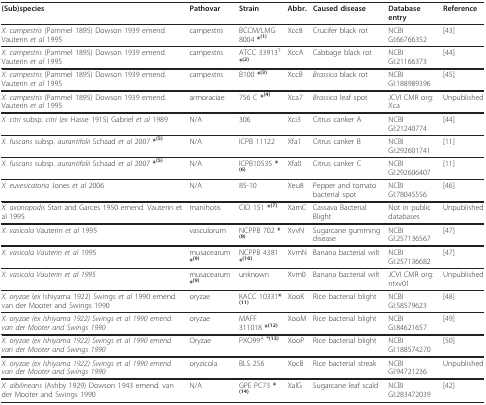
<table><thead><tr><td><b>(Sub)species</b></td><td><b>Pathovar</b></td><td><b>Strain</b></td><td><b>Abbr.</b></td><td><b>Caused disease</b></td><td><b>Database entry</b></td><td><b>Reference</b></td></tr></thead><tbody><tr><td><i>X. campestris </i>(Pammel 1895) Dowson 1939 emend. Vauterin <i>et al </i>1995</td><td>campestris</td><td>BCCM/LMG 8004 <b>*</b><sup><b>(1)</b></sup></td><td>Xcc8</td><td>Crucifer black rot</td><td>NCBI GI:66766352</td><td>[43]</td></tr><tr><td><i>X. campestris </i>(Pammel 1895) Dowson 1939 emend. Vauterin <i>et al </i>1995</td><td>campestris</td><td>ATCC 33913<sup>T </sup><b>*</b><sup><b>(2)</b></sup></td><td>XccA</td><td>Cabbage black rot</td><td>NCBI GI:21166373</td><td>[44]</td></tr><tr><td><i>X. campestris </i>(Pammel 1895) Dowson 1939 emend. Vauterin <i>et al </i>1995</td><td>campestris</td><td>B100 <b>*</b><sup><b>(3)</b></sup></td><td>XccB</td><td><i>Brassica </i>black rot</td><td>NCBI GI:188989396</td><td>[45]</td></tr><tr><td><i>X. campestris </i>(Pammel 1895) Dowson 1939 emend. Vauterin <i>et al </i>1995</td><td>armoraciae</td><td>756 C <b>*</b><sup><b>(4)</b></sup></td><td>Xca7</td><td><i>Brassica </i>leaf spot</td><td>JCVI CMR org:Xca</td><td>Unpublished</td></tr><tr><td><i>X. citri </i>subsp. <i>citri </i>(<i>ex </i>Hasse 1915) Gabriel <i>et al </i>1989</td><td>N/A</td><td>306</td><td>Xci3</td><td>Citrus canker A</td><td>NCBI GI:21240774</td><td>[44]</td></tr><tr><td><i>X. fuscans </i>subsp. <i>aurantifolii </i>Schaad <i>et al </i>2007 <b>*</b><sup><b>(5)</b></sup></td><td>N/A</td><td>ICPB 11122</td><td>Xfa1</td><td>Citrus canker B</td><td>NCBI GI:292601741</td><td>[11]</td></tr><tr><td><i>X. fuscans </i>subsp. <i>aurantifolii </i>Schaad <i>et al </i>2007 <b>*</b><sup><b>(5)</b></sup></td><td>N/A</td><td>ICPB10535 <b>*</b><sup><b>(6)</b></sup></td><td>Xfa0</td><td>Citrus canker C</td><td>NCBI GI:292606407</td><td>[11]</td></tr><tr><td><i>X. euvesicatoria </i>Jones <i>et al </i>2006</td><td>N/A</td><td>85-10</td><td>Xeu8</td><td>Pepper and tomato bacterial spot</td><td>NCBI GI:78045556</td><td>[46]</td></tr><tr><td><i>X. axonopodis </i>Starr and Garces 1950 emend. Vauterin et al 1995</td><td>manihotis</td><td>CIO 151 <b>*</b><sup><b>(7)</b></sup></td><td>XamC</td><td>Cassava Bacterial Blight</td><td>Not in public databases</td><td>Unpublished</td></tr><tr><td><i>X. vasicola </i>Vauterin <i>et al </i>1995</td><td>vasculorum</td><td>NCPPB 702 <b>*</b><sup><b>(8)</b></sup></td><td>XvvN</td><td>Sugarcane gumming disease</td><td>NCBI GI:257136567</td><td>[47]</td></tr><tr><td><i>X. vasicola Vauterin et al </i>1995</td><td>musacearum <b>*</b><sup><b>(9)</b></sup></td><td>NCPPB 4381 <b>*</b><sup><b>(10)</b></sup></td><td>XvmN</td><td>Banana bacterial wilt</td><td>NCBI GI:257136682</td><td>[47]</td></tr><tr><td><i>X. vasicola Vauterin et al 1995</i></td><td>musacearum <b>*</b><sup><b>(9)</b></sup></td><td>unknown</td><td>Xvm0</td><td>Banana bacterial wilt</td><td>JCVI CMR org: ntxv01</td><td>Unpublished</td></tr><tr><td><i>X. oryzae </i>(<i>ex </i>Ishiyama 1922) Swings <i>et al </i>1990 emend. van der Mooter and Swings 1990</td><td>oryzae</td><td>KACC 10331<b>*</b><sup><b>(11)</b></sup></td><td>XooK</td><td>Rice bacterial blight</td><td>NCBI GI:58579623</td><td>[48]</td></tr><tr><td><i>X. oryzae (ex Ishiyama 1922) Swings et al 1990 emend. van der Mooter and Swings 1990</i></td><td>oryzae</td><td>MAFF 311018 <b>*</b><sup><b>(12)</b></sup></td><td>XooM</td><td>Rice bacterial blight</td><td>NCBI GI:84621657</td><td>[49]</td></tr><tr><td><i>X. oryzae (ex Ishiyama 1922) Swings et al 1990 emend. van der Mooter and Swings 1990</i></td><td>Oryzae</td><td>PXO99<sup>A <b>*(13)</b></sup></td><td>XooP</td><td>Rice bacterial blight</td><td>NCBI GI:188574270</td><td>[50]</td></tr><tr><td><i>X. oryzae (ex Ishiyama 1922) Swings et al 1990 emend. van der Mooter and Swings 1990</i></td><td>oryzicola</td><td>BLS 256</td><td>XocB</td><td>Rice bacterial streak</td><td>NCBI GI:94721236</td><td>Unpublished</td></tr><tr><td><i>X. albilineans </i>(Ashby 1929) Dowson 1943 emend. van der Mooter and Swings 1990</td><td>N/A</td><td>GPE PC73 <b>*</b><sup><b>(14)</b></sup></td><td>XalG</td><td>Sugarcane leaf scald</td><td>NCBI GI:283472039</td><td>[42]</td></tr></tbody></table>